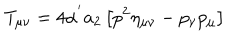
LaTeX: T _ { \mu \nu } = 4 \alpha ^ { ' } a _ { 2 } \left[ p ^ { 2 } \eta _ { \mu \nu } - p _ { \nu } p _ { \mu } \right]